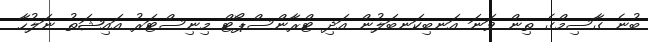
ބުނެ ގާސިމްގެ ތިން ވަނަ އަނބިކަނބަލުން އަދި ޓްރާންސްޕޯޓް މިނިސްޓަރު އައިޝަތު ނަލުހާ